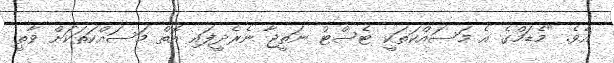
އެވެ. "މެޑަމްގެ އެ މަސައްކަތަކީ ޓެސްޓު ނަަތީޖާ ނެރެދީފައި އޮތް މަސައްކަތަކަށް ވާތީ